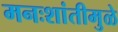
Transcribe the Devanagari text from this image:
मनःशांतीमुळे